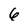
Character: 6